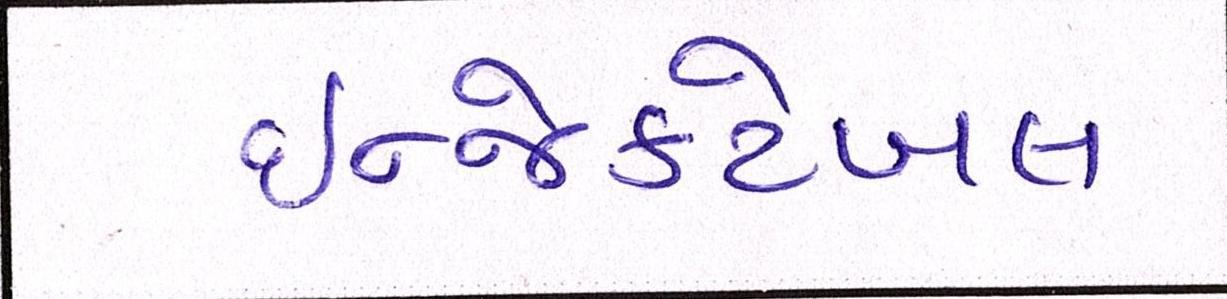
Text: ઇન્જેક્ટેબલ